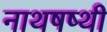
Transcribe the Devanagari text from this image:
नाथषष्थी